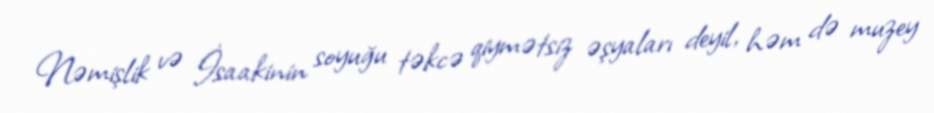
Nəmişlik və İsaakinin soyuğu təkcə qiymətsiz əşyaları deyil, həm də muzey